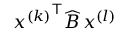
{ x ^ { ( k ) } } ^ { \top } \widehat B \, x ^ { ( l ) }